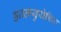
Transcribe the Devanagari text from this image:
ह्यालयुरोनिक